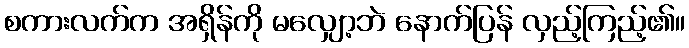
စကားလက်က အရှိန်ကို မလျှော့ဘဲ နောက်ပြန် လှည့်ကြည့်၏။